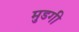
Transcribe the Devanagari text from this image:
मुडगी